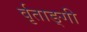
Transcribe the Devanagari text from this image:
र्वृताङ्गी